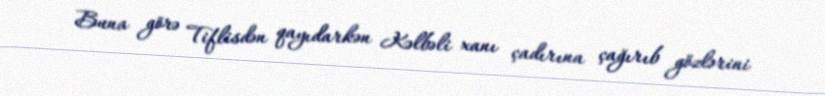
Buna görə Tiflisdən qayıdarkən Kəlbəli xanı çadırına çağırıb gözlərini